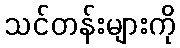
သင်တန်းများကို